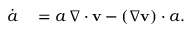
\begin{array} { r l } { \dot { \boldsymbol { a } } } & { { } = \boldsymbol { a } \, \nabla \cdot \mathbf { v } - ( \nabla \mathbf { v } ) \cdot \boldsymbol { a } . } \end{array}